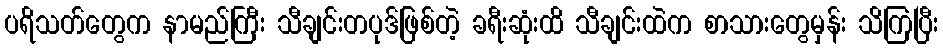
ပရိသတ်တွေက နာမည်ကြီး သီချင်းတပုဒ်ဖြစ်တဲ့ ခရီးဆုံးထိ သီချင်းထဲက စာသားတွေမှန်း သိကြပြီး